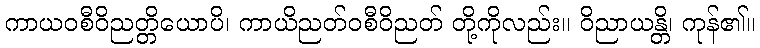
ကာယဝစီဝိညတ္တိယောပိ၊ ကာယိညတ်ဝစီဝိညတ် တို့ကိုလည်း။ ဝိညာယန္တိ၊ ကုန်၏။